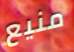
منيع